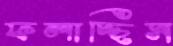
ফলাচ্ছিস